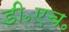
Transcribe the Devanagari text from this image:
डी॰एच॰